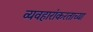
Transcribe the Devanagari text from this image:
व्यवहारांकरताच्या